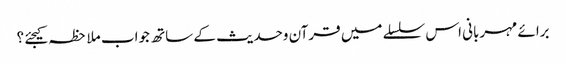
برائے مہربانی اس سلسلے میں قرآن وحدیث کے ساتھ جواب ملاحظہ کیجئے ؟